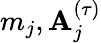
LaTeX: m_{j},\mathbf{A}_{j}^{(\tau)}